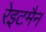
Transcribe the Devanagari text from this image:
रेइटमैन